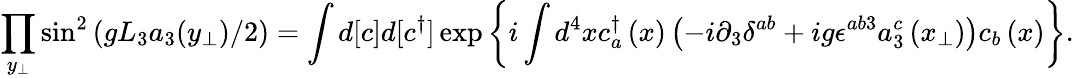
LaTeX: \prod_{y_{\perp}}\sin^{2}\left(gL_{3}a_{3}(y_{\perp})/2\right)=\int d[c]d[c^{\dagger}]\exp\left\{ i\int d^{4}xc_{a}^{\dagger}\left(x\right)\left(-i\partial_{3}\delta^{ab}+ig\epsilon^{ab3}a_{3}^{c}\left(x_{\perp}\right)\right)c_{b}\left(x\right)\right\} .